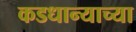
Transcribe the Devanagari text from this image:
कडधान्याच्या